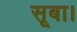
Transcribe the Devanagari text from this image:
सूबा।